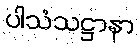
ပါသံသဋ္ဌာနာ